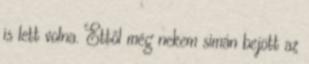
is lett volna. Ettől még nekem simán bejött az